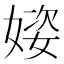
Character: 𪦌